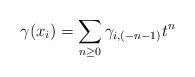
LaTeX: \begin{align*} \gamma(x_i)=\sum_{n\geq 0}\gamma_{i,(-n-1)}t^{n}\end{align*}